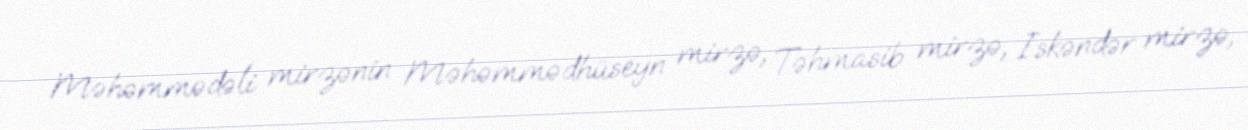
Məhəmmədəli mirzənin Məhəmmədhüseyn mirzə, Təhmasib mirzə, Iskəndər mirzə,